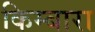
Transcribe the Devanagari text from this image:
किम्बारा